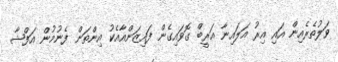
ވަލުތެރެއިން އައި އިރު އަލައިނާ އަރީބް ގޮވައިގެން ފައިޒަންއާއެކު އިންތަން ފެނުމުން އަފްޝާ